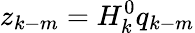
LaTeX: z_{k-m}=H_{k}^{0}q_{k-m}